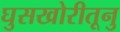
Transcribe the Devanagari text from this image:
घुसखोरीतूनु